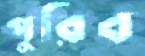
পুরিব